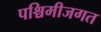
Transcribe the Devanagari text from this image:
पश्चिमीजगत